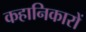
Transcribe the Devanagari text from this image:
कहानिकारों